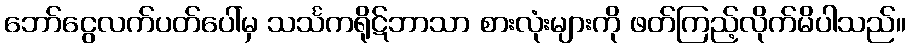
ဘော်ငွေလက်ပတ်ပေါ်မှ သင်္သကရိုဋ်ဘာသာ စားလုံးများကို ဖတ်ကြည့်လိုက်မိပါသည်။